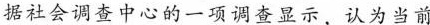
据社会调查中心的一项调查显示，认为当前